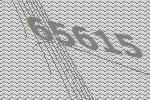
65615